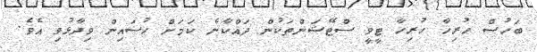
ބަހުސް ހުރިހާ ހުރިހާ ޓީވީ ސްޓޭޝަންތަކުން ދައްކާނެ ކަމަށް ހުސައިން ވިދާޅުވި އެވެ.